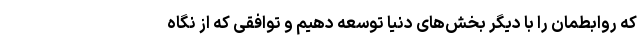
که روابطمان را با دیگر بخش‌های دنیا توسعه دهیم و توافقی که از نگاه